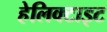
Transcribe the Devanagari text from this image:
हेलिक्टाइट